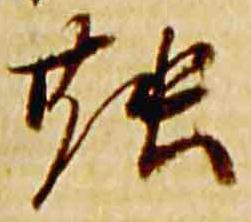
融